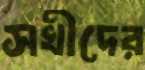
সখীদের